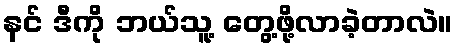
နင် ဒီကို ဘယ်သူ့ တွေ့ဖို့လာခဲ့တာလဲ။